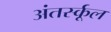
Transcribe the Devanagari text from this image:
अंतर्स्कूल